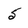
Character: 5